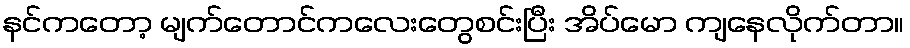
နင်ကတော့ မျက်တောင်ကလေးတွေစင်းပြီး အိပ်မော ကျနေလိုက်တာ။